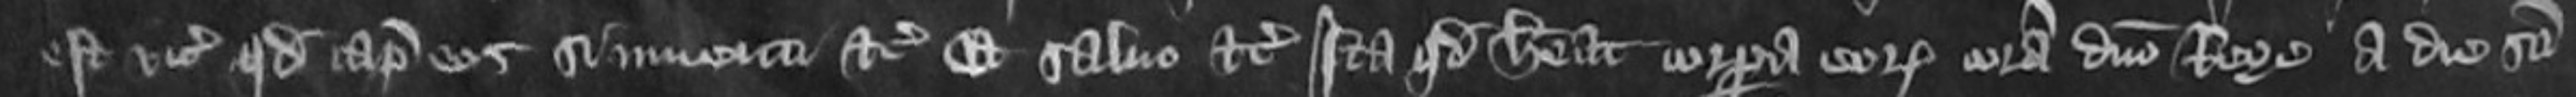
est vicecomiti quod capiat eos si inventi etc et salvo etc Ita quod habeat corpora eorum coram domino Rege a die Sancti